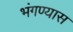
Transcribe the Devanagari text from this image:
भंगण्यास